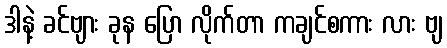
ဒါနဲ့ ခင်ဗျား ခုန ပြော လိုက်တာ ကချင်စကား လား ဗျ